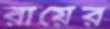
রায়ের